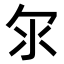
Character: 𣱹